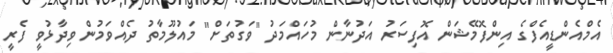
އެމްއެންޑީއެފްގެ އިންފޮމޭޝަން އޮފިސަރު އަދުނާން މުހައްމަދު "ވަގުތަށް" މައުލޫމާތު ދެއްވަމުން ވިދާޅުވީ ފެރީ